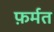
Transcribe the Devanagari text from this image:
फ़र्मत